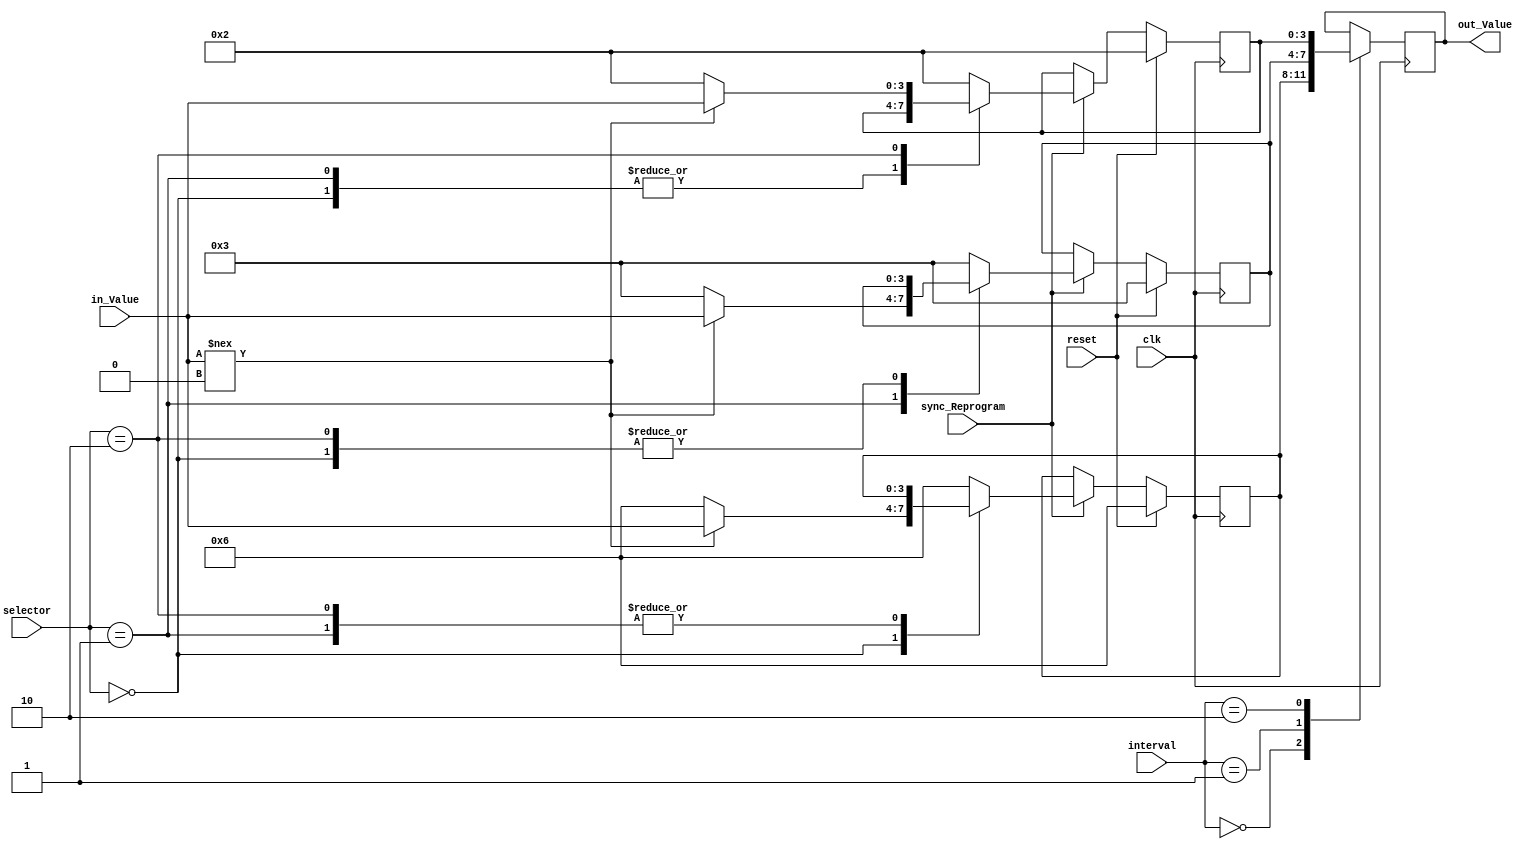
`timescale 1ns / 1ps
//////////////////////////////////////////////////////////////////////////////////
// Company: 
// Engineer: 
// 
// Design Name: 
// Module Name:    TimeParameters 
// Project Name: 
// Target Devices: 
// Tool versions: 
// Description: 
//
// Dependencies: 
//
// Revision: 
// Revision 0.01 - File Created
// Additional Comments: 
//
//////////////////////////////////////////////////////////////////////////////////
module TimeParameters(clk, reset, selector, in_Value, sync_Reprogram,
						    interval, out_Value);
	input clk, sync_Reprogram, reset;
	input[1:0] selector;
	input[1:0] interval;
	input[3:0] in_Value;
	output[3:0] out_Value;

	reg[3:0] out_Value;

	// addresses for the different inputs
	parameter BASE_PARAMETER 	= 2'b00;
	parameter EXT_PARAMETER 	= 2'b01;
	parameter YEL_PARAMETER 	= 2'b10;

	// default time values
	parameter DEFAULT_BASE 	= 4'b0110;
	parameter DEFAULT_EXT 	= 4'b0011;
	parameter DEFAULT_YEL 	= 4'b0010;
	
	reg[3:0] BASE_VALUE = 4'b0110;
	reg[3:0] EXT_VALUE = 4'b0011;
	reg[3:0] YEL_VALUE = 4'b0010;

	always @ (posedge clk)
	begin
		if(reset)
			begin
				BASE_VALUE <= DEFAULT_BASE;
				EXT_VALUE <= DEFAULT_EXT;
				YEL_VALUE <= DEFAULT_YEL;
			end
		else if(sync_Reprogram)
			begin
				case(selector)
					BASE_PARAMETER: BASE_VALUE <= (in_Value !== 4'b0000) ? in_Value : DEFAULT_BASE;
					EXT_PARAMETER: EXT_VALUE <= (in_Value !== 4'b0000) ? in_Value : DEFAULT_EXT;
					YEL_PARAMETER: YEL_VALUE <= (in_Value !== 4'b0000) ? in_Value : DEFAULT_YEL;
					
					default:
						begin
							BASE_VALUE <= DEFAULT_BASE;
							EXT_VALUE <= DEFAULT_EXT;
							YEL_VALUE <= DEFAULT_YEL;
						end
				endcase
			end	
			
		case(interval)
			BASE_PARAMETER: out_Value <= BASE_VALUE;
			EXT_PARAMETER: out_Value <= EXT_VALUE;
			YEL_PARAMETER: out_Value <= YEL_VALUE;
			
			//default:
			//	out_Value <= 4'b1111;
		endcase	
	end


endmodule